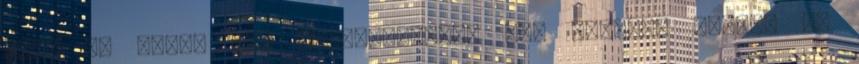
hogy az akció más kedvezménnyel nem vonható össze. Ne